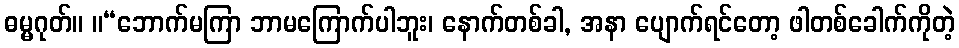
ဓမ္မဂုတ်။ ။“ဘောက်မကြာ ဘာမကြောက်ပါဘူး၊ နောက်တစ်ခါ, အနာ ပျောက်ရင်တော့ ဖါတစ်ခေါက်ကိုတဲ့